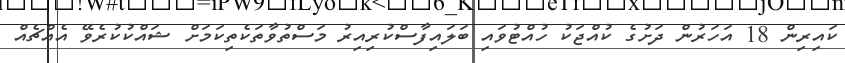
ކައިރިން 18 އަހަރުން ދަށުގެ ކުއްޖަކު ހުއްޓުވައި ބަލައިފާސްކުރިއިރު މަސްތުވާތަކެތިކަމަށް ޝައްކުކުރެވޭ އެއްޗެއް